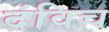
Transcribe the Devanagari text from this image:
दंविच